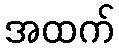
အထက်